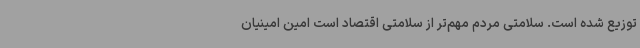
توزیع شده است. سلامتی مردم مهم‌تر از سلامتی اقتصاد است امین امینیان